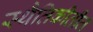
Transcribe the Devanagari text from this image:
स्थैतिकीतील